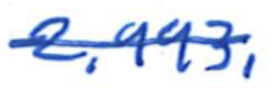
Text: 2,993,
Cross-out: single-line
Writing tool: ballpoint